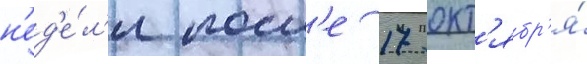
н'ед'е́л'и посл'е 17 окт'ябр'я́